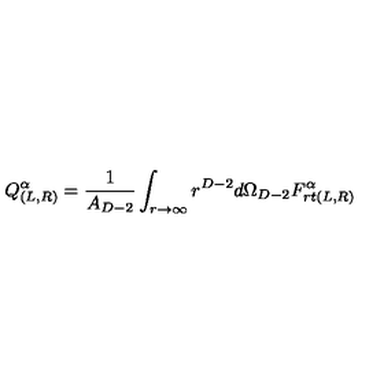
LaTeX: Q _ { ( L , R ) } ^ { \alpha } = \frac { 1 } { A _ { D - 2 } } \int _ { r \to \infty } r ^ { D - 2 } d \Omega _ { D - 2 } F _ { r t ( L , R ) } ^ { \alpha }